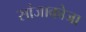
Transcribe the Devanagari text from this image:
सांजाकोजा